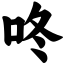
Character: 咚